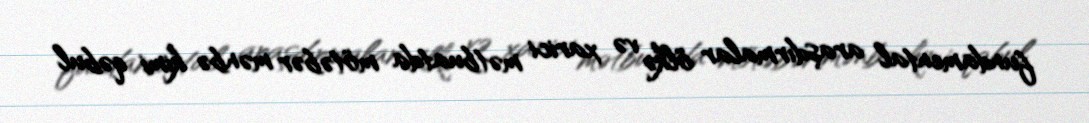
fundamental araşdırmalar ölkə və xarici mətbuatda mötəbər mənbə kimi qəbul